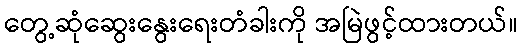
တွေ့ဆုံဆွေးနွေးရေးတံခါးကို အမြဲဖွင့်ထားတယ်။